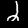
Label: 2